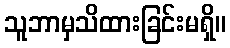
သူဘာမှသိထားခြင်းမရှိ။